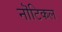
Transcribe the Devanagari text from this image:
नॊटिकल